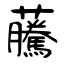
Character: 虅